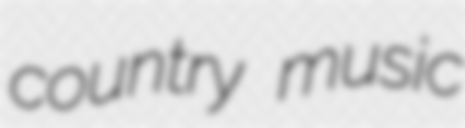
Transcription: country music